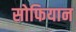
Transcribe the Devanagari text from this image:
सोफियान